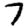
Digit: 7